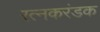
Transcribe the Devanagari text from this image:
रत्नकरंडक